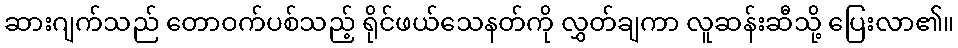
ဆားဂျက်သည် တောဝက်ပစ်သည့် ရိုင်ဖယ်သေနတ်ကို လွှတ်ချကာ လူဆန်းဆီသို့ ပြေးလာ၏။